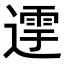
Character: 𨖛